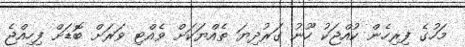
މަހުގެ ފިރިހެން ކުއްޖަކު ހޫނު ގަރުދިޔަ ތެއްޔަކަށް ވެއްޓި ވަރަށް ބޮޑަށް ފިހިއްޖެ